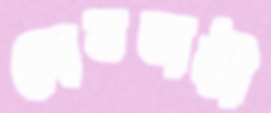
ঘোষবাড়ী